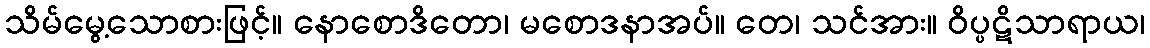
သိမ်မွေ့သောစားဖြင့်။ နောစောဒိတော၊ မစောဒနာအပ်။ တေ၊ သင်အား။ ဝိပ္ပဋိသာရာယ၊